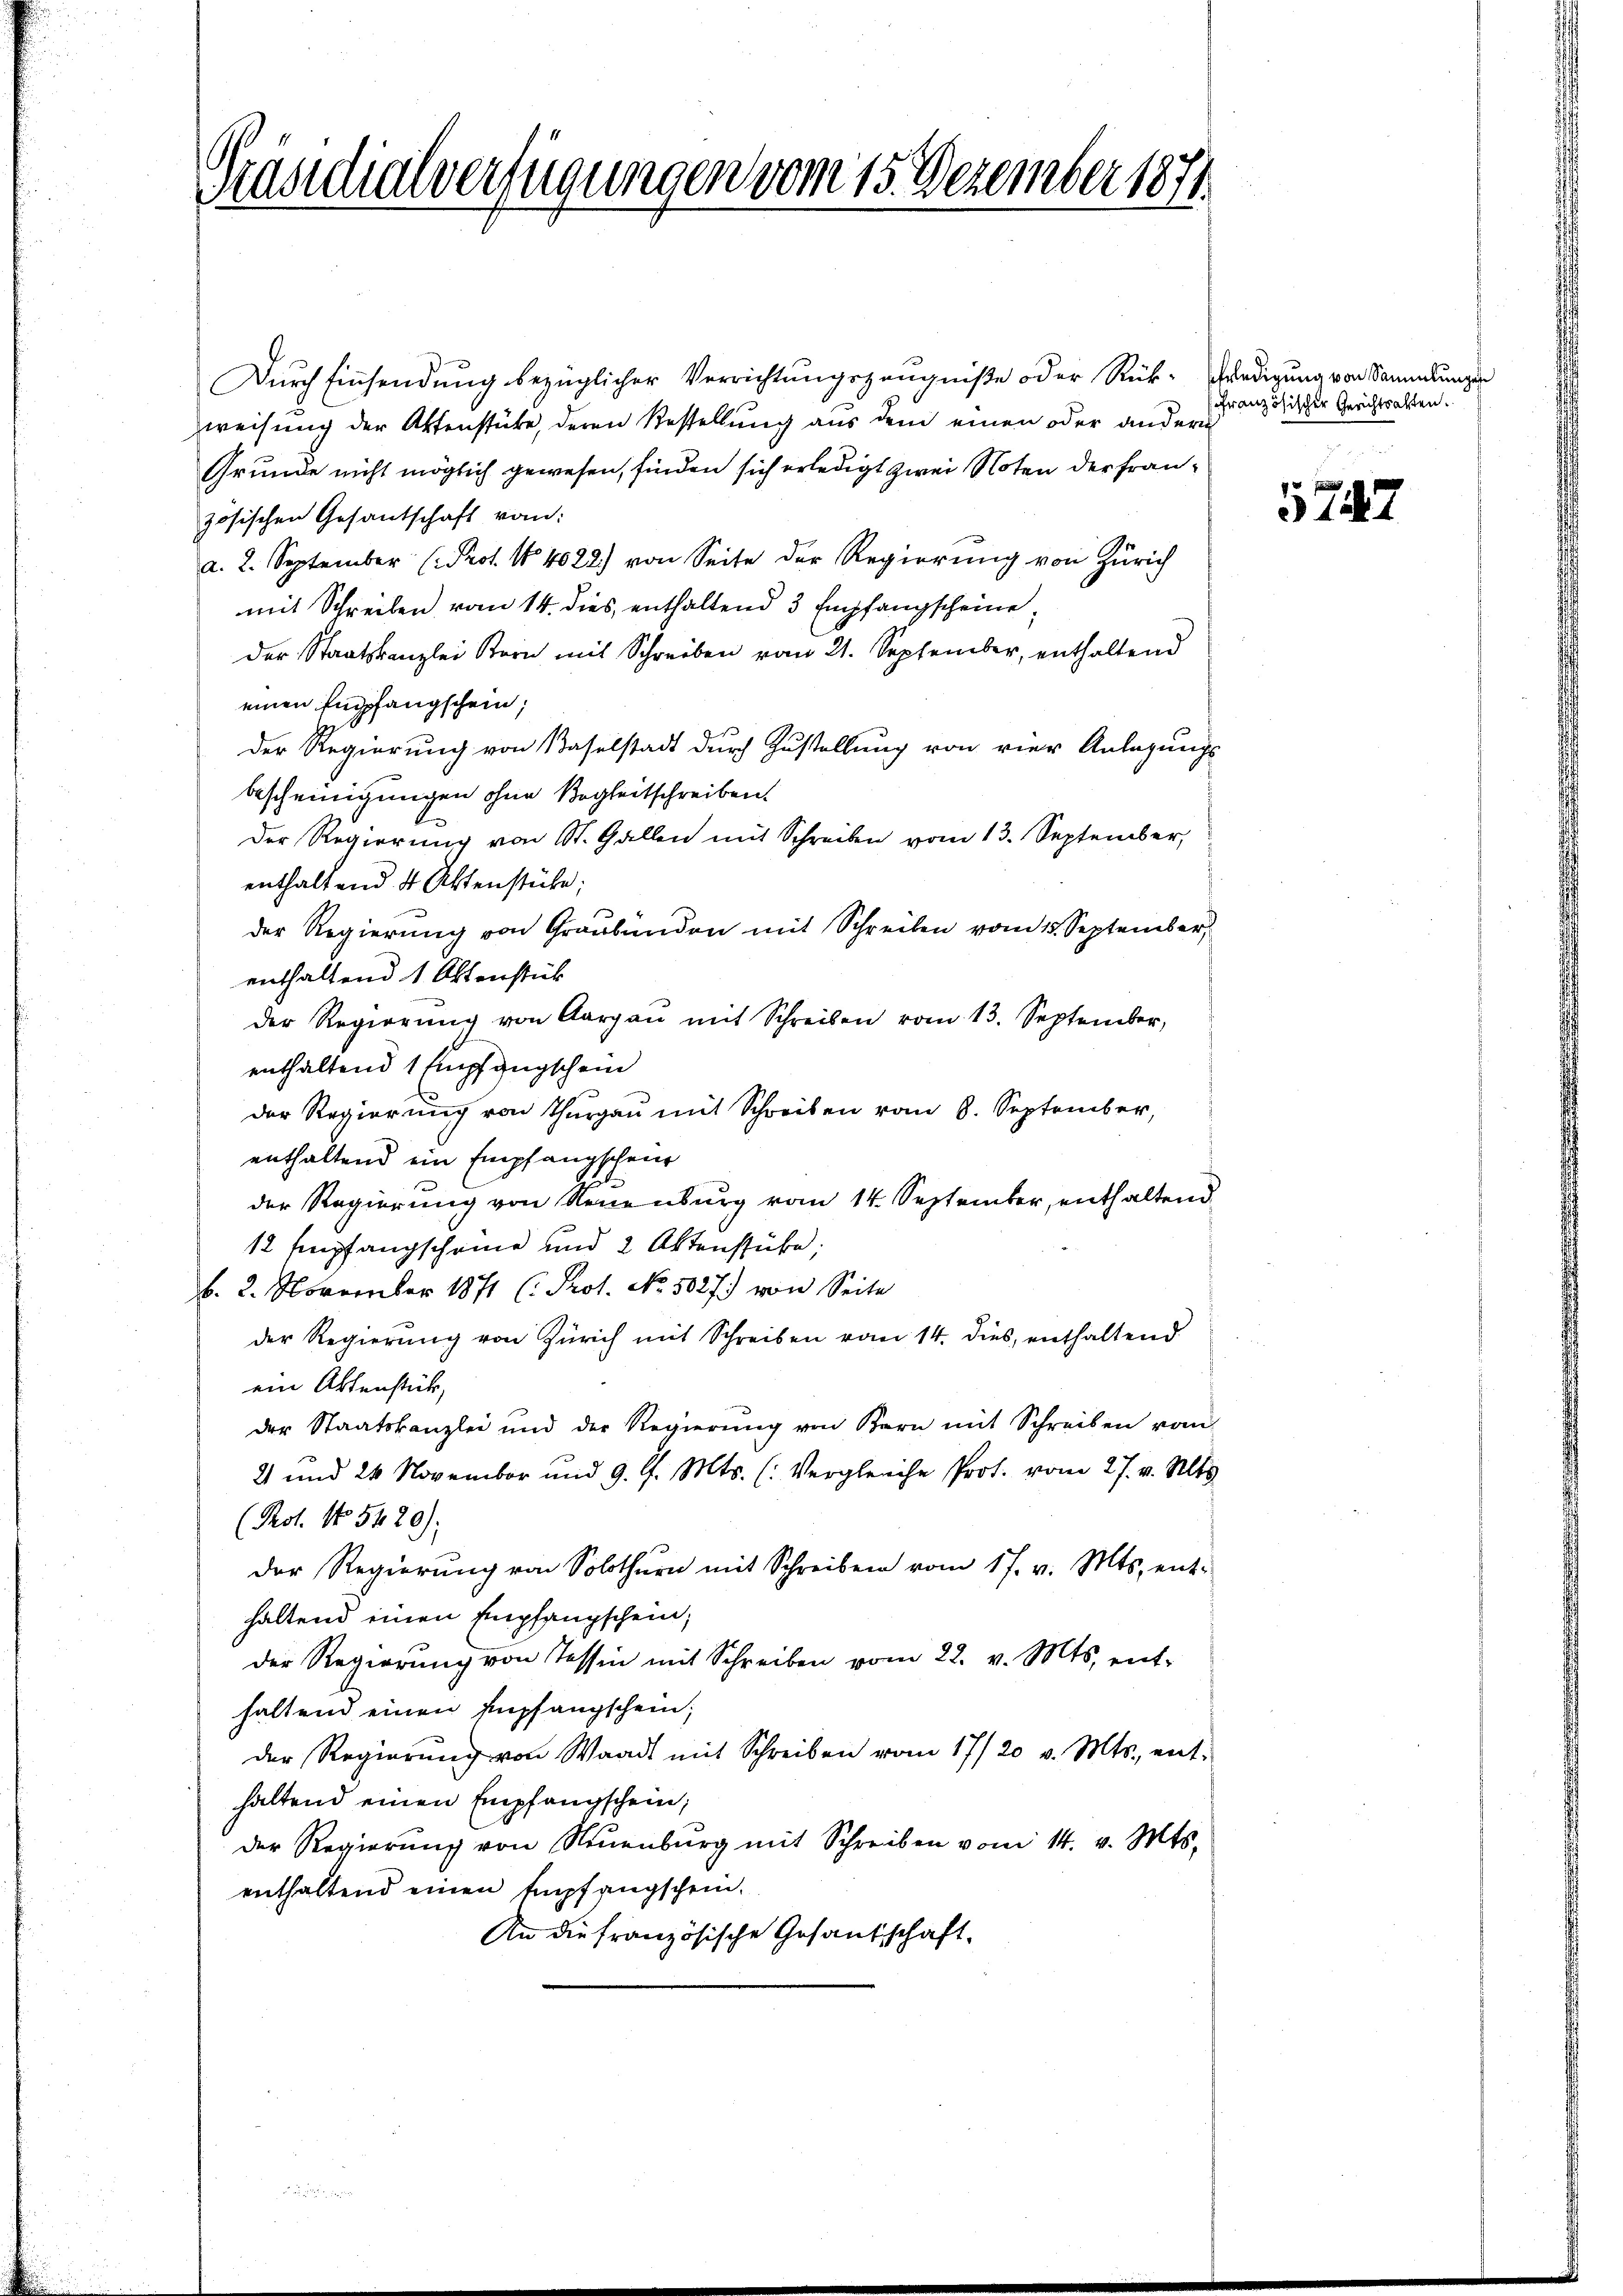
Präsidialverfügungen vom 15. Dezember 1871

Dŭrch Einsendŭng bezüglicher Verrichtŭngszeŭgniβe oder Rück- Predigŭng von Sammlungs
weisung der Aktenstücke, deren Bestellung aus dem einen oder anderen
Grunde nicht möglich gewesen, finden sich erledigt zwei Noten der Französischen Gesantschaft vom
a. 2. September (Prot. No 4022) von Seite der Regierŭng von Zürich
mit Schreiben vom 14. dies enthaltend 3 Empfangscheine
Der Staatskanzlei Stern mit Schreiben vom 21. September, enthaltend
einen Empfangschein;
Der Regierung von Baselstadt durch Zustellung von vier Anlagungs-
bescheinigungen ohne Begleitschreiben.
Der Regierung von St. Gallen mit Schreiben vom 13. September,
enthaltend 4 Aktenstücke;
1
der Regierung von Graubünden mit Schreiben vom 15. September,
enthaltend 1 Oktenstück
der Regierŭng von Aargau mit Schreiben vom 13. September,
enthaltend 1 Empfangschein
der Regierung von Thurgau mit Schreiben vom 8. September,
enthaltend ein Empfangschein
der Regierung von Neuenburg vom 14. September, enthaltend
12 Empfangscheine und 2 Aktenstücke;
b. 2. November 1871 (: Prot. No. 5027.) von Seite
der Regierung von Zürich mit Schreiben vom 14. dies, enthaltend
ein Aktenstück,
der Staatskanzlei und der Regierŭng von Bern mit Schreiben von
21 und 26 November und 9. d. Mts. (Vergleiche Prof. vom 27. v. Mts.
(Pot. No. 5420):
der Regierung von Solothurn mit Schreiben vom 17. v. Mts. ent-
haltend einen Empfangschein;
der Regierŭng von Tessin mit Schreiben vom 22. v. Mts. ent-
haltend einen Empfangschein;
der Regierŭng von Waadt mit Schreiben vom 17/20 v. Mts., ent-
haltend einen Empfangschein;
der Regierŭng von Neuenburg mit Schreiben vom 14. v. Mts.
enthaltend einen Empfangschein.
An die französische Gesandschaft.

Französischer Gerichtsalten.

747